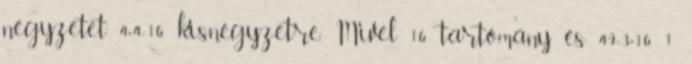
négyzetet 4×4=16 kisnégyzetre. Mivel 16 tartomány és 49=3×16 1